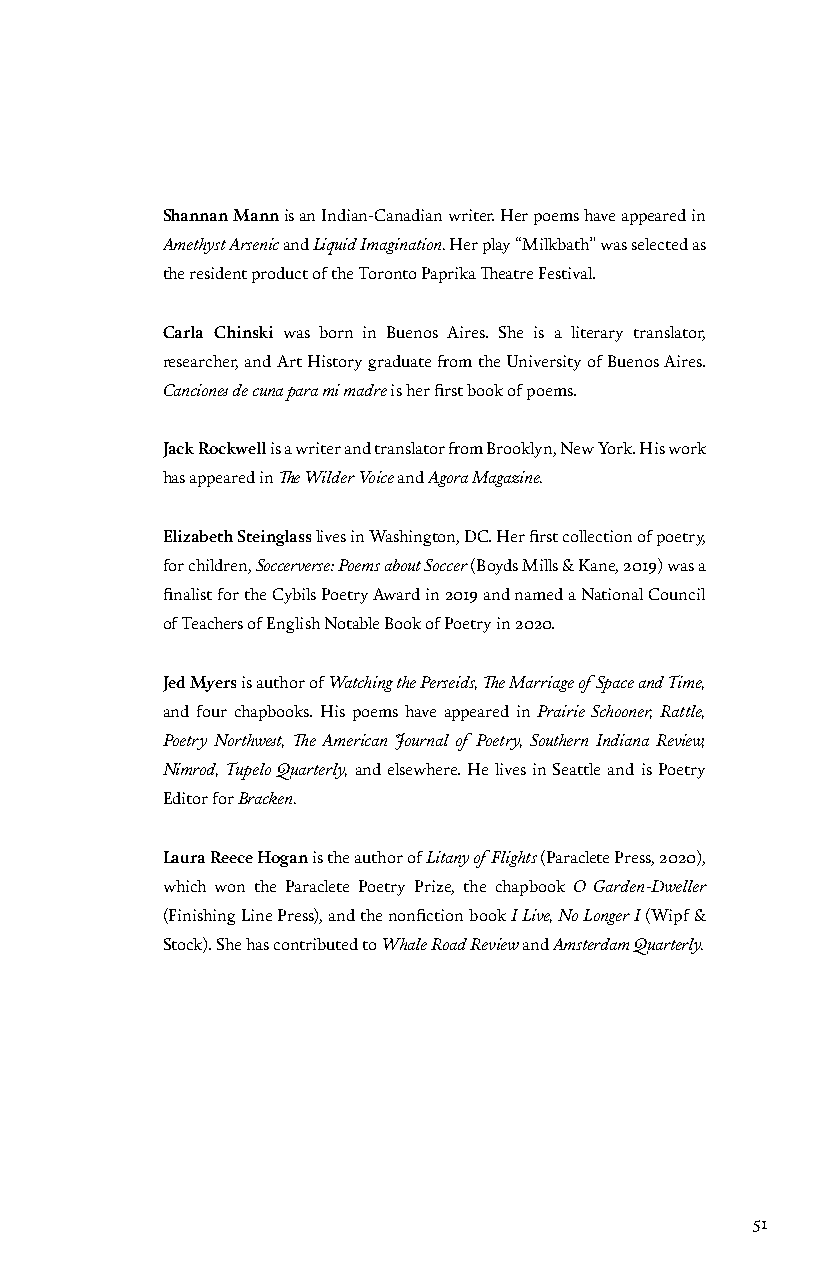
Shannan Mann is an Indian-Canadian writer. Her poems have appeared in
 Amethyst Arsenic and Liquid Imagination. Her play “Milkbath” was selected as
 the resident product of the Toronto Paprika Theatre Festival.
 Carla Chinski was born in Buenos Aires. She is a literary translator,
 researcher, and Art History graduate from the University of Buenos Aires.
 Canciones de cuna para mi madre is her first book of poems.
 Jack Rockwell is a writer and translator from Brooklyn, New York. His work
 has appeared in The Wilder Voice and Agora Magazine.
 Elizabeth Steinglass lives in Washington, DC. Her first collection of poetry,
 for children, Soccerverse: Poems about Soccer (Boyds Mills & Kane, 2019) was a
 finalist for the Cybils Poetry Award in 2019 and named a National Council
 of Teachers of English Notable Book of Poetry in 2020.
 Jed Myers is author of Watching the Perseids, The Marriage of Space and Time,
 and four chapbooks. His poems have appeared in Prairie Schooner, Rattle,
 Poetry Northwest, The American Journal of Poetry, Southern Indiana Review,
 Nimrod, Tupelo Quarterly, and elsewhere. He lives in Seattle and is Poetry
 Editor for Bracken.
 Laura Reece Hogan is the author of Litany of Flights (Paraclete Press, 2020),
 which won the Paraclete Poetry Prize, the chapbook O Garden-Dweller
 (Finishing Line Press), and the nonfiction book I Live, No Longer I (Wipf &
 Stock). She has contributed to Whale Road Review and Amsterdam Quarterly.
 51